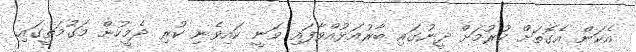
އެކަން އެގޮތަށް ކުރުމަށް ދީނުގައި ބާރުއަޅުއްވާފައި ވަނީ ކައިވެނި ކުރި ދެމީހުން މަގުމަތީގައި